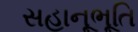
સહાનૂભૂતિ